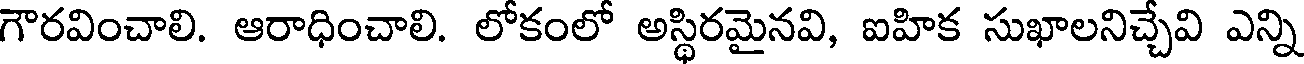
గౌరవించాలి. ఆరాధించాలి. లోకంలో అస్థిరమైనవి, ఐహిక సుఖాలనిచ్చేవి ఎన్ని